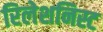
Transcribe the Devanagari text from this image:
रिलेशनिस्ट